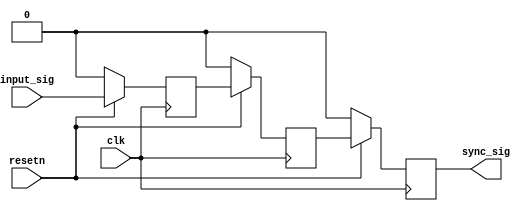
module sync_chain #(
    parameter width = 1
) (
    input  clk,
    input  resetn,
    input  [width - 1:0] input_sig,
    output [width - 1:0] sync_sig
);

reg  [width - 1:0] ff_1;
reg  [width - 1:0] ff_2;
reg  [width - 1:0] ff_3;

always @ (posedge clk) begin
    if (~resetn) begin
        ff_1 <= 0;
        ff_2 <= 0;
        ff_3 <= 0;
    end else begin
        ff_1 <= input_sig;
        ff_2 <= ff_1;
        ff_3 <= ff_2;
    end
end

assign sync_sig = ff_3;

endmodule